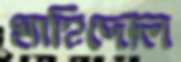
মাহিদোল